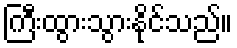
ကြီးထွားသွားနိုင်သည်။